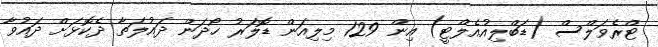
ޓްރެވަލްސް (ޑަބްލިއުއެލްޓީ) އިން 129 މިލިއަން ޑޮލަރު ހޯދަން ދައުލަތާ ދެކޮޅަށް ދައުވާ